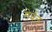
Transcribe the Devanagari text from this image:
सेर्बल